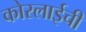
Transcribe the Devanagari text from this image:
कोरलाईची